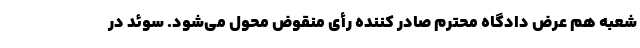
شعبه هم عرض دادگاه محترم صادر کننده رأی منقوض محول می‌شود. سوئد در